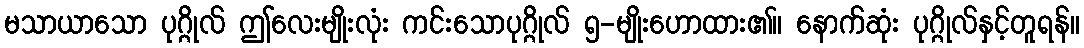
မသာယာသော ပုဂ္ဂိုလ် ဤလေးမျိုးလုံး ကင်းသောပုဂ္ဂိုလ် ၅-မျိုးဟောထား၏။ နောက်ဆုံး ပုဂ္ဂိုလ်နှင့်တူရန်။